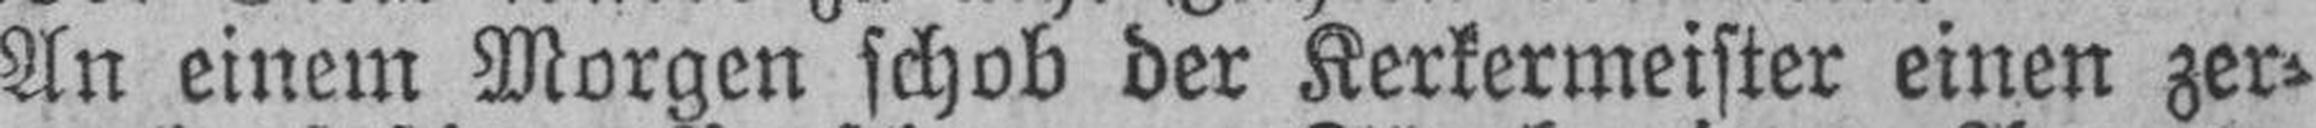
An einem Morgen schob der Kerkermeister einen zer¬